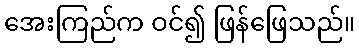
အေးကြည်က ဝင်၍ ဖြန်ဖြေသည်။